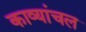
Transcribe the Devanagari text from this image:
काव्यांचल